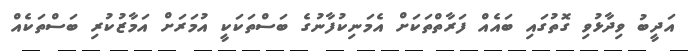
އަދީބު ވިދާޅުވި ގޮތުގައި ބައެއް ފަރާތްތަކަށް އެމަނިކުފާނުގެ ބަސްތަކަކީ އުމަރަށް އަމާޒުކުރި ބަސްތަކެއް